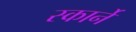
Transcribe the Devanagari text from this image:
स्कार्ने